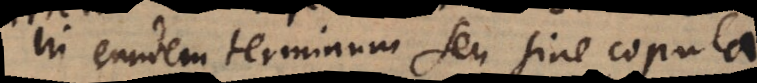
in eundem terminum seu sine copula.